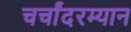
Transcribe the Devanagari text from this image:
चर्चांदरम्यान